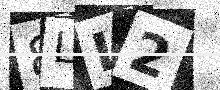
Text: 8LI2